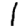
Digit: 1